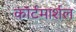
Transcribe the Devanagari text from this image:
काॅर्टमार्शल